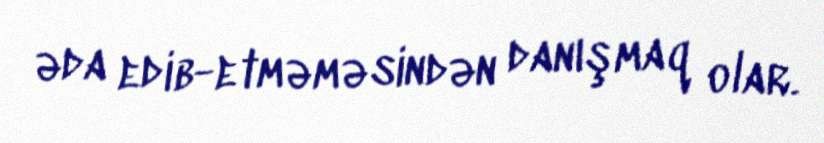
əda edib-etməməsindən danışmaq olar.